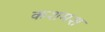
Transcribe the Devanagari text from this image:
कशमश